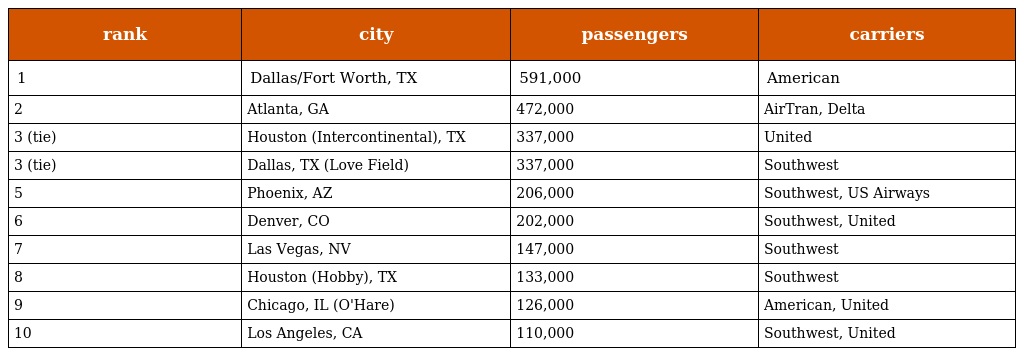
| rank | city | passengers | carriers |
 | --- | --- | --- | --- |
 | 1 | Dallas/Fort Worth, TX | 591,000 | American |
 | 2 | Atlanta, GA | 472,000 | AirTran, Delta |
 | 3 (tie) | Houston (Intercontinental), TX | 337,000 | United |
 | 3 (tie) | Dallas, TX (Love Field) | 337,000 | Southwest |
 | 5 | Phoenix, AZ | 206,000 | Southwest, US Airways |
 | 6 | Denver, CO | 202,000 | Southwest, United |
 | 7 | Las Vegas, NV | 147,000 | Southwest |
 | 8 | Houston (Hobby), TX | 133,000 | Southwest |
 | 9 | Chicago, IL (O'Hare) | 126,000 | American, United |
 | 10 | Los Angeles, CA | 110,000 | Southwest, United |